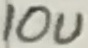
Text: 10u